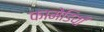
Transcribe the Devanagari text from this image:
कामेडियाँ